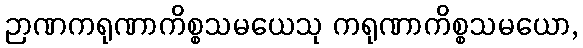
ဉာဏကရုဏာကိစ္စသမယေသု ကရုဏာကိစ္စသမယော,